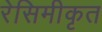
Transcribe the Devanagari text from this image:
रेसिमीकृत